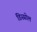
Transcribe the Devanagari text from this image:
डिस्प्रोल